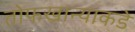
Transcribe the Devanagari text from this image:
तोफखान्याकडे